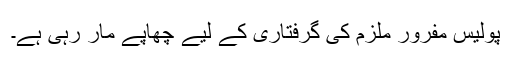
پولیس مفرور ملزم کی گرفتاری کے لیے چھاپے مار رہی ہے۔